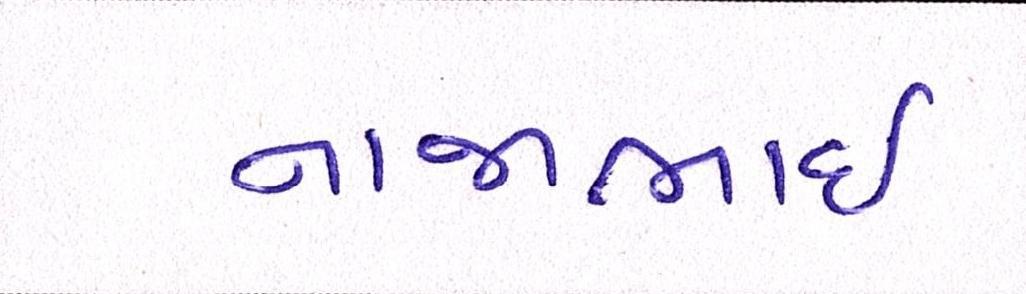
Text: નાજાભાઇ